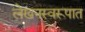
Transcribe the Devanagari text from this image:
लेखनस्वरूपात